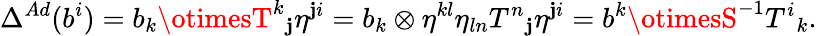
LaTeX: \Delta^{Ad}(b^{i})=b_{k}\otimesT^{k}{}_{\mathbf{j}}\eta^{\mathbf{j}i}=b_{k}\otimes\eta^{kl}\eta_{ln}T^{n}{}_{\mathbf{j}}\eta^{\mathbf{j}i}=b^{k}\otimesS^{-1}T^{i}{}_{k}.